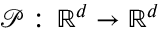
\mathcal { P } : \, \mathbb { R } ^ { d } \to \mathbb { R } ^ { d }